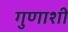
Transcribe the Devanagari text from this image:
गुणाशी